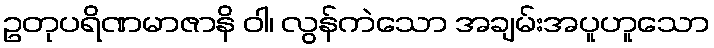
ဥတုပရိဏမာဇာနိ ဝါ၊ လွန်ကဲသော အချမ်းအပူဟူသော